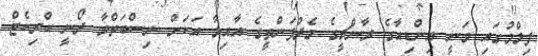
ފިލްމުގައި ވަނީ އިންޑިއާގެ ރާންޗީގެ މެދުފަންތީގެ އާއިލާ އަކަށް ނިސްބަތްވާ ދޯނީ ކްރިކެޓް